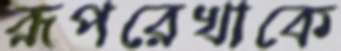
রূপরেখাকে